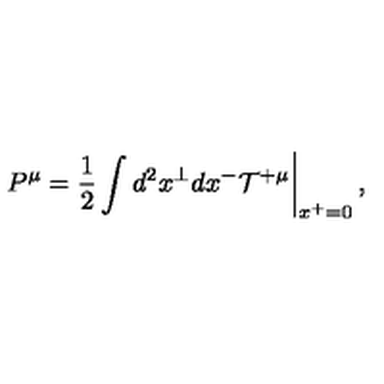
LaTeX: \left. P ^ { \mu } = \frac { 1 } { 2 } \int d ^ { 2 } x ^ { \perp } d x ^ { - } { \cal T } ^ { + \mu } \right| _ { x ^ { + } = 0 } ,